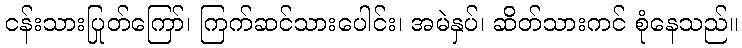
ငန်းသားပြုတ်ကြော်၊ ကြက်ဆင်သားပေါင်း၊ အမဲနှပ်၊ ဆိတ်သားကင် စုံနေသည်။